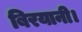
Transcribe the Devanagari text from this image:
बिरयानी।